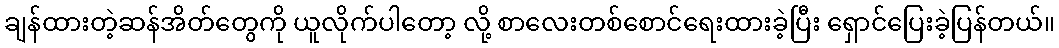
ချန်ထားတဲ့ဆန်အိတ်တွေကို ယူလိုက်ပါတော့ လို့ စာလေးတစ်စောင်ရေးထားခဲ့ပြီး ရှောင်ပြေးခဲ့ပြန်တယ်။